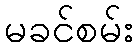
မခင်စမ်း